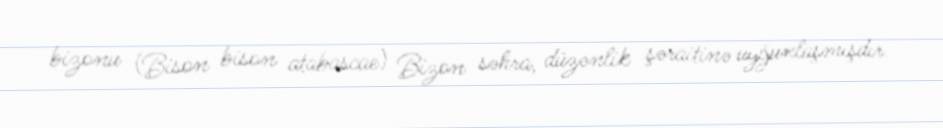
bizonu (Bison bison atabascae) Bizon səhra, düzənlik şəraitinə uyğunlaşmışdır.